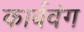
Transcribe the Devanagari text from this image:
कार्बवंग